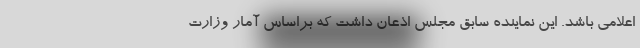
اعلامی باشد. این نماینده سابق مجلس اذعان داشت که براساس آمار وزارت